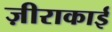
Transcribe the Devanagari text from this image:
ज़ीराकाई